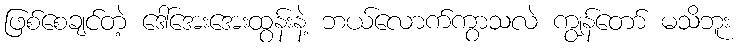
ဖြစ်စေချင်တဲ့ ဒေါ်အေးအေးထွန်းနဲ့ ဘယ်လောက်ကွာသလဲ ကျွန်တော် မသိဘူး